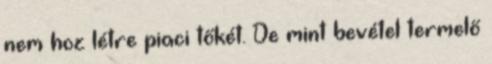
nem hoz létre piaci tőkét. De mint bevétel termelő